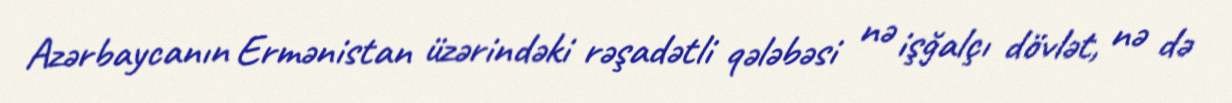
Azərbaycanın Ermənistan üzərindəki rəşadətli qələbəsi nə işğalçı dövlət, nə də